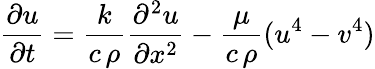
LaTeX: {\frac{\partial u}{\partial t}}={\frac{k}{c\, \rho}}{\frac{\partial^{2}u}{\partial x^{2}}}-{\frac{\mu}{c\, \rho}}(u^{4}-v^{4})